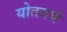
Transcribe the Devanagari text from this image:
योतबर्य